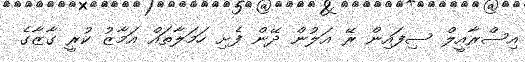
އިސްރާއީލް ސިފައިން ރޭ އަލުން ދޭން ފެށި ހަމަލާތައް އަމާޒު ކުރީ ގާޒާގެ